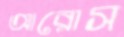
আরোস